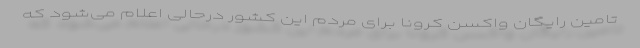
تامین رایگان واکسن کرونا برای مردم این کشور درحالی اعلام می‌شود که